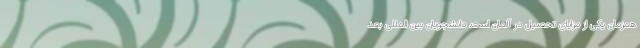
همزمان یکی از مزایای تحصیل در آلمان است. دانشجویان بین المللی بعد